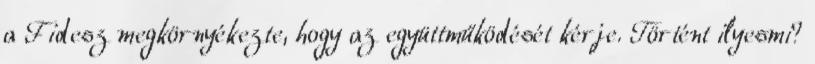
a Fidesz megkörnyékezte, hogy az együttműködését kérje. Történt ilyesmi?